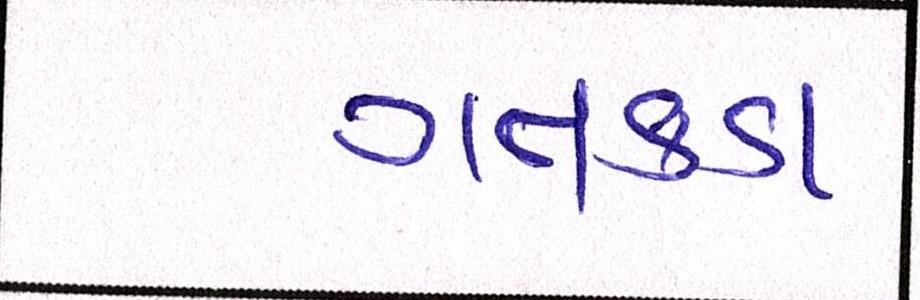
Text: ગતકડા